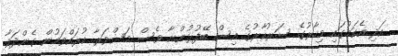
އަދި އެކަމުގައި މިހާރުގެ ސަރުކާރުގެ އިސް ބޭފުޅުންނާ ވެސް މަޝްވަރާ ކުރައްވަމުން ގެންދަވާ